Civil Veterinary Dept. Bombay admin report 1932-41 - 1932-1941
Year: 1932
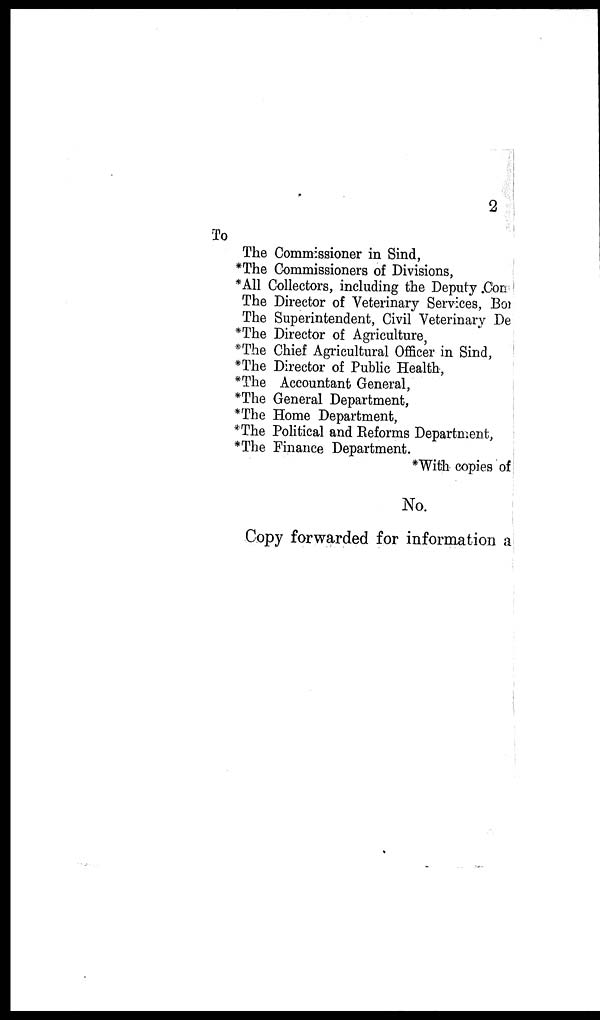
2
To
The Commissioner in Sind,
*The Commissioners of Divisions,
*All Collectors, including the Deputy Con
The Director of Veterinary Services, Bo?
The Superintendent, Civil Veterinary De
*The Director of Agriculture,
*The Chief Agricultural Officer in Sind,
*The Director of Public Health,
*The Accountant General,
*The General Department,
*The Home Department,
*The Political and Reforms Department,
*The Finance Department.
*With copies of
No.
Copy forwarded for information a